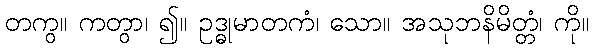
တကွ။ ကတွာ၊ ၍။ ဥဒ္ဓုမာတကံ၊ သော။ အသုဘနိမိတ္တံ၊ ကို။